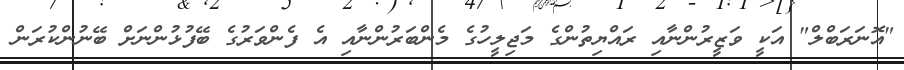
"އޮނަރަބްލް" އަކީ ވަޒީރުންނާއި ރައްޔިތުންގެ މަޖިލީހުގެ މެންބަރުންނާއި އެ ފެންވަރުގެ ބޭފުޅުންނަށް ބޭނުންކުރަން